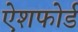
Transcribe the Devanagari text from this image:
ऐशफोर्ड